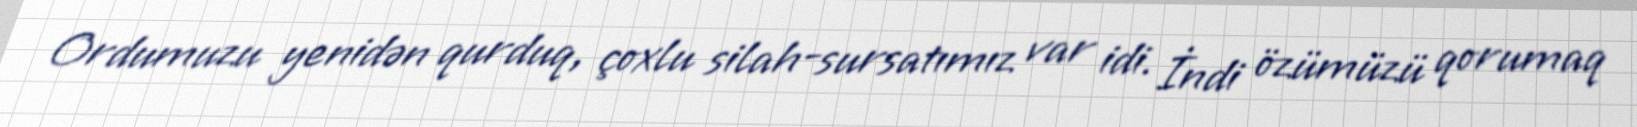
Ordumuzu yenidən qurduq, çoxlu silah-sursatımız var idi. İndi özümüzü qorumaq